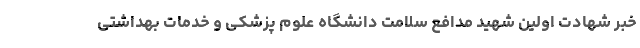
خبر شهادت اولین شهید مدافع سلامت دانشگاه علوم پزشکی و خدمات بهداشتی